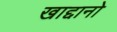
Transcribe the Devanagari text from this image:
खाद्दानो